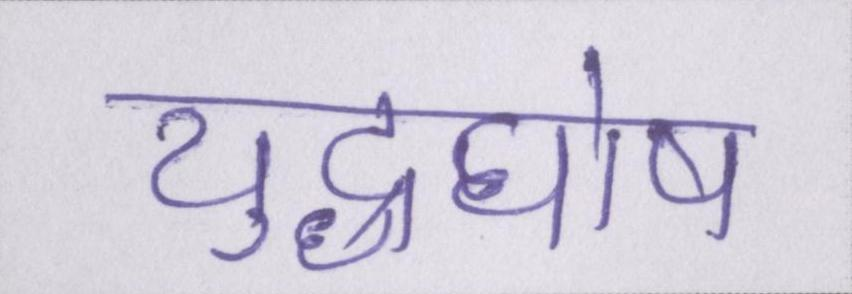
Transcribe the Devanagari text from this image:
युद्धघोष